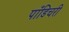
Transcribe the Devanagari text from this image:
पाँडिचरी